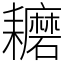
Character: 耱